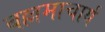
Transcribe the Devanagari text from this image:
बल्लमाचार्य